Lunatic asylums Central Provinces reports 1910-1926 - 1910-1926
Year: 1910
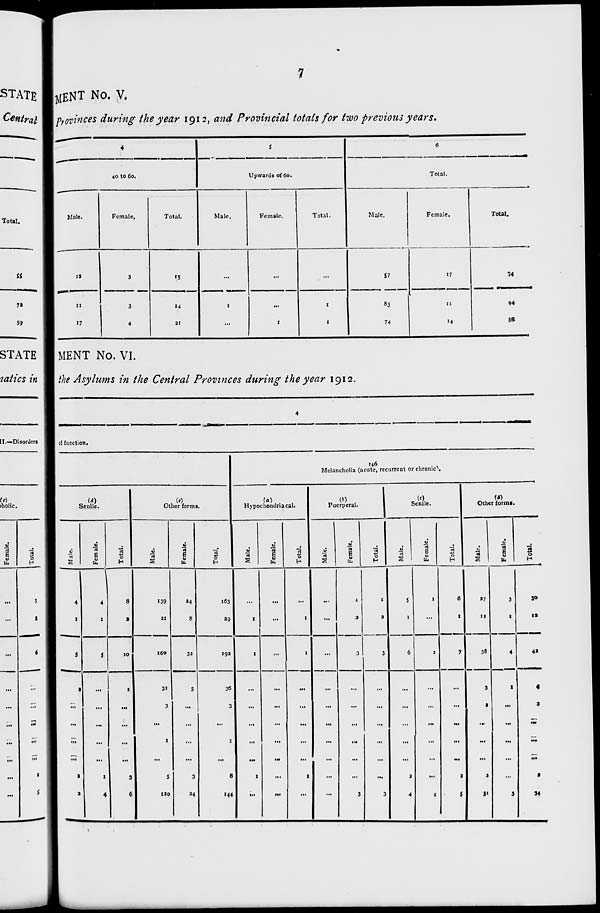
7
MENT No. V.
Provinces during the year 1912, and Provincial totals for two previous years.
4
40 to 60.
Male.
12
11
17
Female.
3
3
4
Total.
15
14
21
5
Upwards of 60.
Male.
...
1
...
Female.
...
...
1
Total.
...
1
1
6
Total.
Male.
57
83
74
Female.
17
11
14
Total.
74
94
86
MENT No. VI.
the Asylums in the Central Provinces during the year 1912.
4
of function.
(d)
Senile.
Male.
4
1
5
1
...
...
...
...
2
2
Female.
4
1
5
...
...
...
...
...
1
4
Total.
8
2
10
1
...
...
...
...
3
6
(e)
Other forms.
Male.
139
21
160
31
3
...
1
...
5
120
Female.
24
8
32
5
...
...
...
...
3
24
Total.
163
29
192
36
3
...
1
...
8
144
146
Melancholia (acute, recurrent or chronic).
(a)
Hypochondriacal.
Male.
...
1
1
...
...
...
...
...
1
...
Female.
...
...
...
...
...
...
...
...
...
...
Total.
...
1
1
...
...
...
...
...
1
...
(b)
Puerperal.
Male.
...
...
...
...
...
...
...
...
...
...
Female.
1
2
3
...
...
...
...
...
...
3
Total.
1
2
3
...
...
...
...
...
...
3
(c)
Senile.
Male.
5
1
6
...
...
...
...
...
2
4
Female.
1
...
1
...
...
...
...
...
...
1
Total.
6
1
7
...
...
...
...
...
2
5
(d)
Other forms.
Male.
27
11
38
3
2
...
...
...
2
31
Female.
3
1
4
1
...
...
...
...
...
3
Total.
30
12
42
4
2
...
...
...
2
34